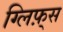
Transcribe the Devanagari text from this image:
ग्लिफ़्स